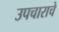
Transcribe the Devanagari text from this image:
उपचाराचे